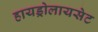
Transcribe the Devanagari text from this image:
हायड्रोलायसेट